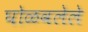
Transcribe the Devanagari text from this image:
घोळवलेले